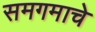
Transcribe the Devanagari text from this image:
समगमाचे